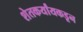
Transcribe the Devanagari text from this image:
शेतकर्यांयकडून